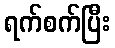
ရက်စက်ပြီး